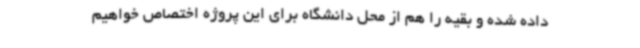
داده شده و بقیه را هم از محل دانشگاه برای این پروژه اختصاص خواهیم